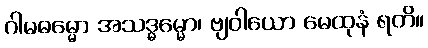
ဂါမဓမ္မော အသဒ္ဓမ္မော၊ ဗျဝါယော မေထုနံ ရတိ။